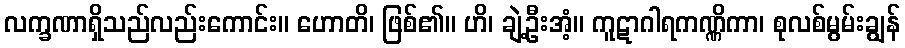
လက္ခဏာရှိသည်လည်းကောင်း။ ဟောတိ၊ ဖြစ်၏။ ဟိ၊ ချဲ့ဦးအံ့။ ကူဋာဂါရကဏ္ဏိကာ၊ စုလစ်မွမ်းချွန်